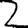
Digit: 2